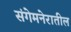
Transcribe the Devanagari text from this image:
संगेमनेरातील